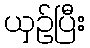
ယှဉ်ပြီး